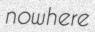
nowhere